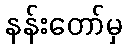
နန်းတော်မှ